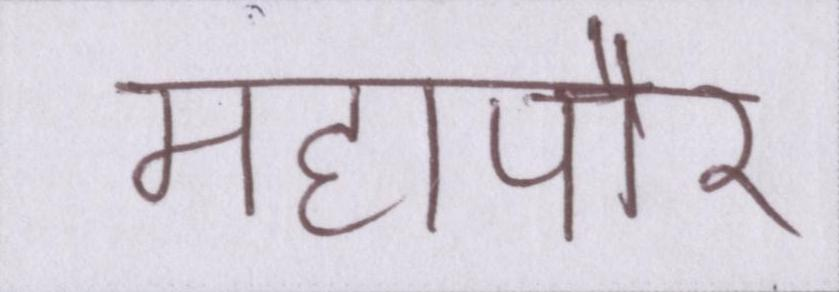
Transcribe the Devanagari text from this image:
महापौर